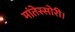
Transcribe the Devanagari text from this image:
मांतेस्सोरी।